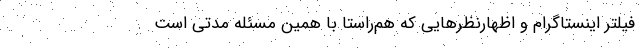
فیلتر اینستاگرام و اظهارنظرهایی که هم‌راستا با همین مسئله مدتی است